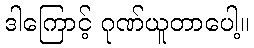
ဒါကြောင့် ဂုဏ်ယူတာပေါ့။